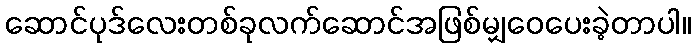
ဆောင်ပုဒ်လေးတစ်ခုလက်ဆောင်အဖြစ်မျှဝေပေးခဲ့တာပါ။